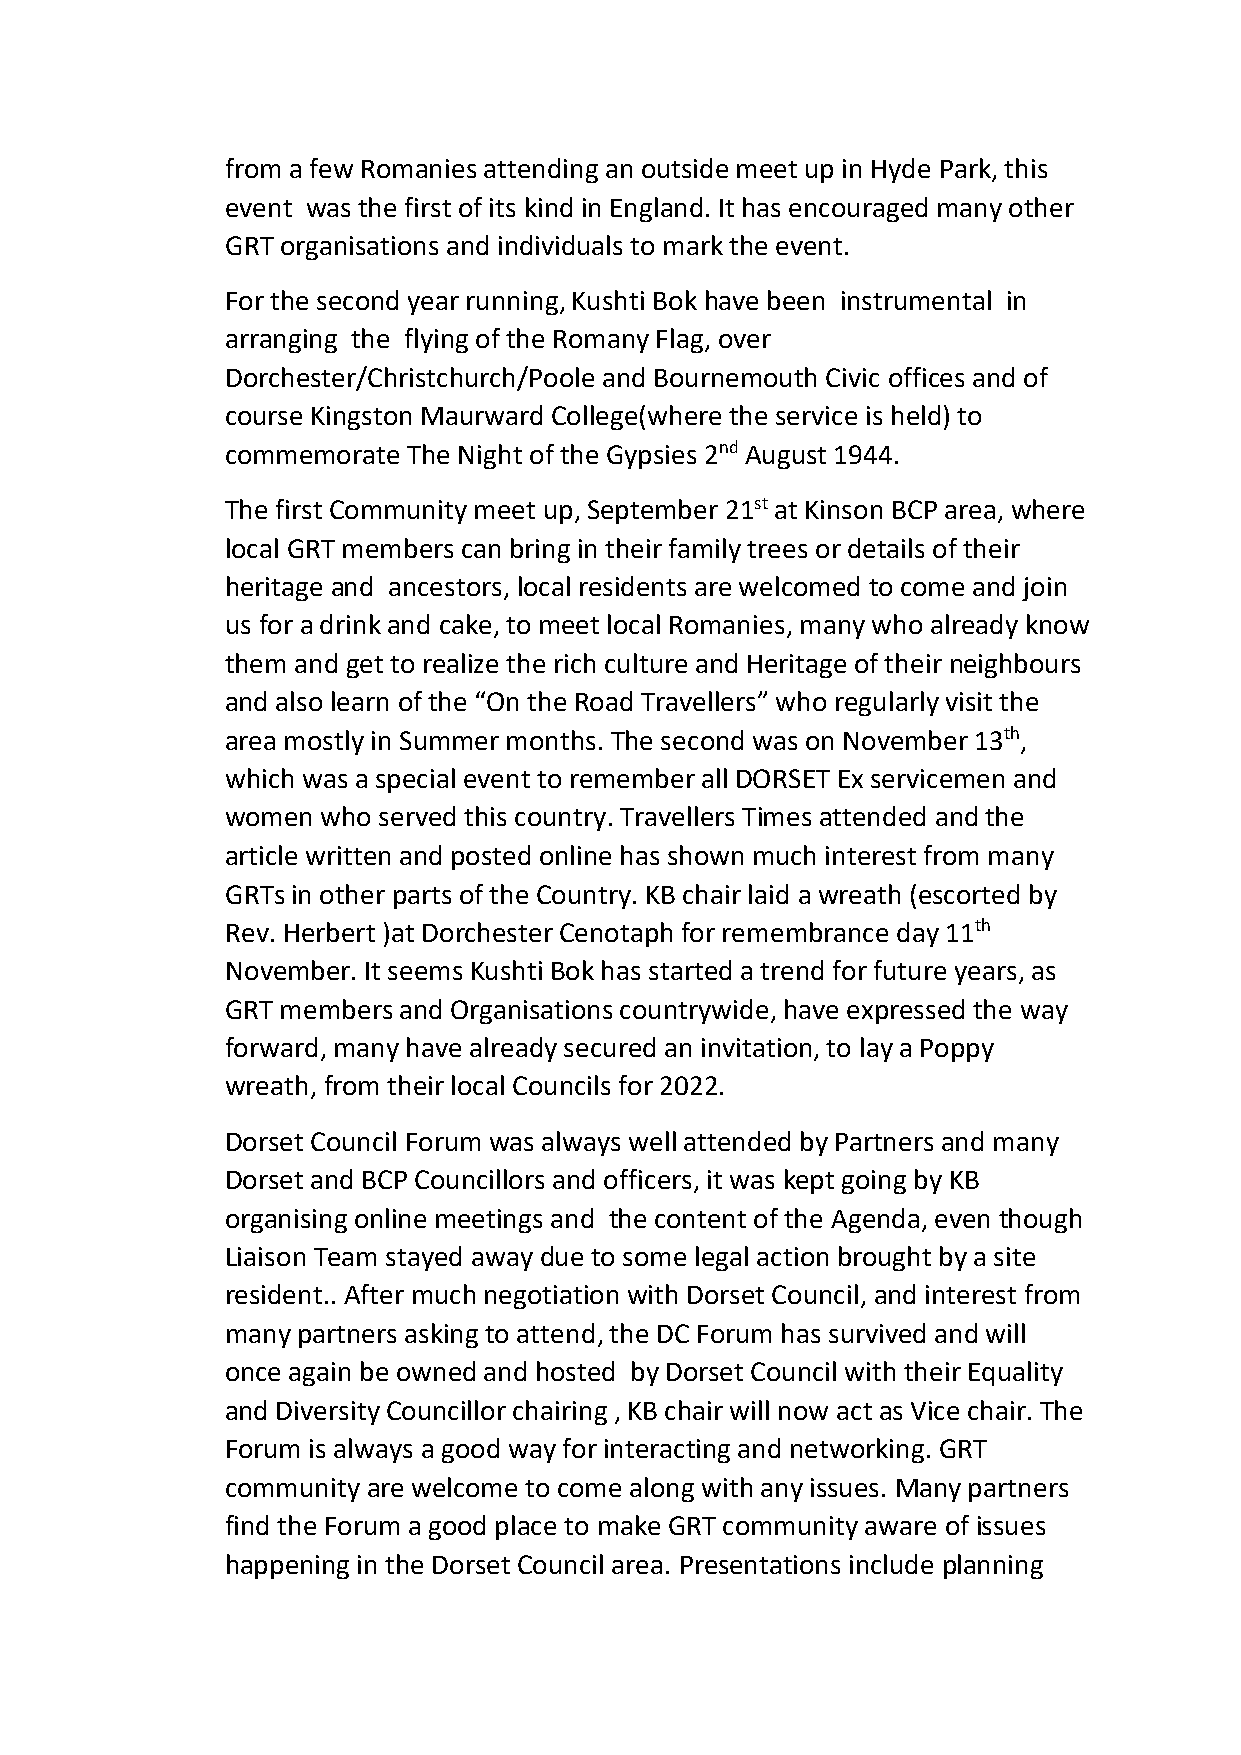
from a few Romanies attending an outside meet up in Hyde Park, this
 event was the first of its kind in England. It has encouraged many other
 GRT organisations and individuals to mark the event.
 For the second year running, Kushti Bok have been instrumental in
 arranging the flying of the Romany Flag, over
 Dorchester/Christchurch/Poole and Bournemouth Civic offices and of
 course Kingston Maurward College(where the service is held) to
 commemorate The Night of the Gypsies 2nd August 1944.
 The first Community meet up, September 21st at Kinson BCP area, where
 local GRT members can bring in their family trees or details of their
 heritage and ancestors, local residents are welcomed to come and join
 us for a drink and cake, to meet local Romanies, many who already know
 them and get to realize the rich culture and Heritage of their neighbours
 and also learn of the “On the Road Travellers” who regularly visit the
 area mostly in Summer months. The second was on November 13th,
 which was a special event to remember all DORSET Ex servicemen and
 women who served this country. Travellers Times attended and the
 article written and posted online has shown much interest from many
 GRTs in other parts of the Country. KB chair laid a wreath (escorted by
 Rev. Herbert )at Dorchester Cenotaph for remembrance day 11th
 November. It seems Kushti Bok has started a trend for future years, as
 GRT members and Organisations countrywide, have expressed the way
 forward, many have already secured an invitation, to lay a Poppy
 wreath, from their local Councils for 2022.
 Dorset Council Forum was always well attended by Partners and many
 Dorset and BCP Councillors and officers, it was kept going by KB
 organising online meetings and the content of the Agenda, even though
 Liaison Team stayed away due to some legal action brought by a site
 resident.. After much negotiation with Dorset Council, and interest from
 many partners asking to attend, the DC Forum has survived and will
 once again be owned and hosted by Dorset Council with their Equality
 and Diversity Councillor chairing , KB chair will now act as Vice chair. The
 Forum is always a good way for interacting and networking. GRT
 community are welcome to come along with any issues. Many partners
 find the Forum a good place to make GRT community aware of issues
 happening in the Dorset Council area. Presentations include planning